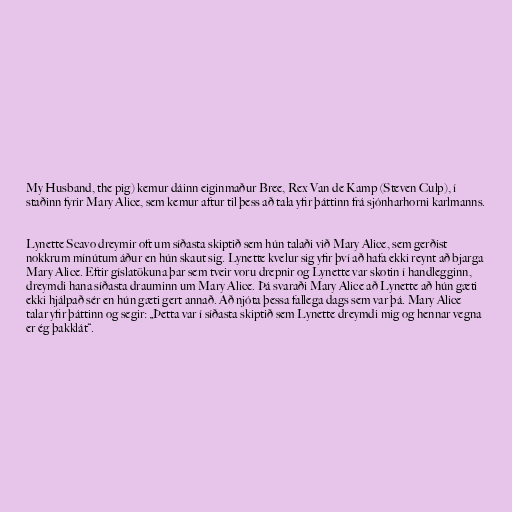
My Husband, the pig) kemur dáinn eiginmaður Bree, Rex Van de Kamp (Steven Culp), í
staðinn fyrir Mary Alice, sem kemur aftur til þess að tala yfir þáttinn frá sjónharhorni karlmanns.

Lynette Scavo dreymir oft um síðasta skiptið sem hún talaði við Mary Alice, sem gerðist
nokkrum mínútum áður en hún skaut sig. Lynette kvelur sig yfir því að hafa ekki reynt að bjarga
Mary Alice. Eftir gíslatökuna þar sem tveir voru drepnir og Lynette var skotin í handlegginn,
dreymdi hana síðasta drauminn um Mary Alice. Þá svaraði Mary Alice að Lynette að hún gæti
ekki hjálpað sér en hún gæti gert annað. Að njóta þessa fallega dags sem var þá. Mary Alice
talar yfir þáttinn og segir: „Þetta var í síðasta skiptið sem Lynette dreymdi mig og hennar vegna
er ég þakklát“.